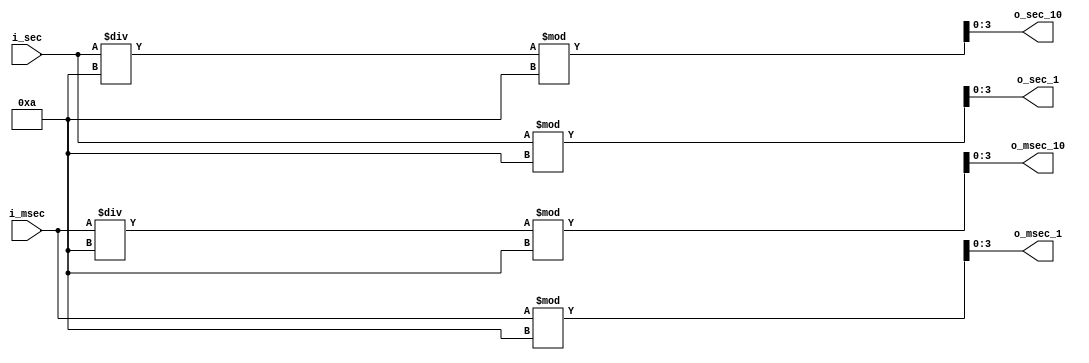
`timescale 1ns / 1ps

module digit_divider_sec_msec(
    input[5:0] i_sec,
    input[9:0] i_msec,
    output[3:0] o_sec_10, o_sec_1, o_msec_10, o_msec_1
    );

    assign o_sec_10 = i_sec / 10 % 10;
    assign o_sec_1  = i_sec % 10;
    
    assign o_msec_10 = i_msec / 10 % 10;
    assign o_msec_1  = i_msec % 10;


    /*ab:cd 12:34

    i_sec_10 = i_a = 12 / 10 = 1, 1 % 10 = 1
    i_sec_1  = i_b = 12 % 10 = 2
    i_msec_10  = i_c = 34 / 10 = 3, 3 % 10 = 3
    i_msec_1   = i_d = 34 % 10 = 4
    12 : 34 . 
    */

endmodule